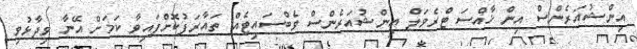
އިންޝުއަރެންސް އިން ޚާއްސަ ޓްރެވަލް އިންޝުއަރެންސް ވެބްސައިޓެއް ތައާރަފުކޮށްފައިވާ ކަމަށް އޭނާ ވިދާޅުވި